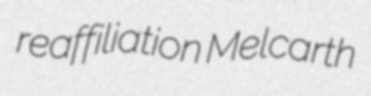
reaffiliation Melcarth